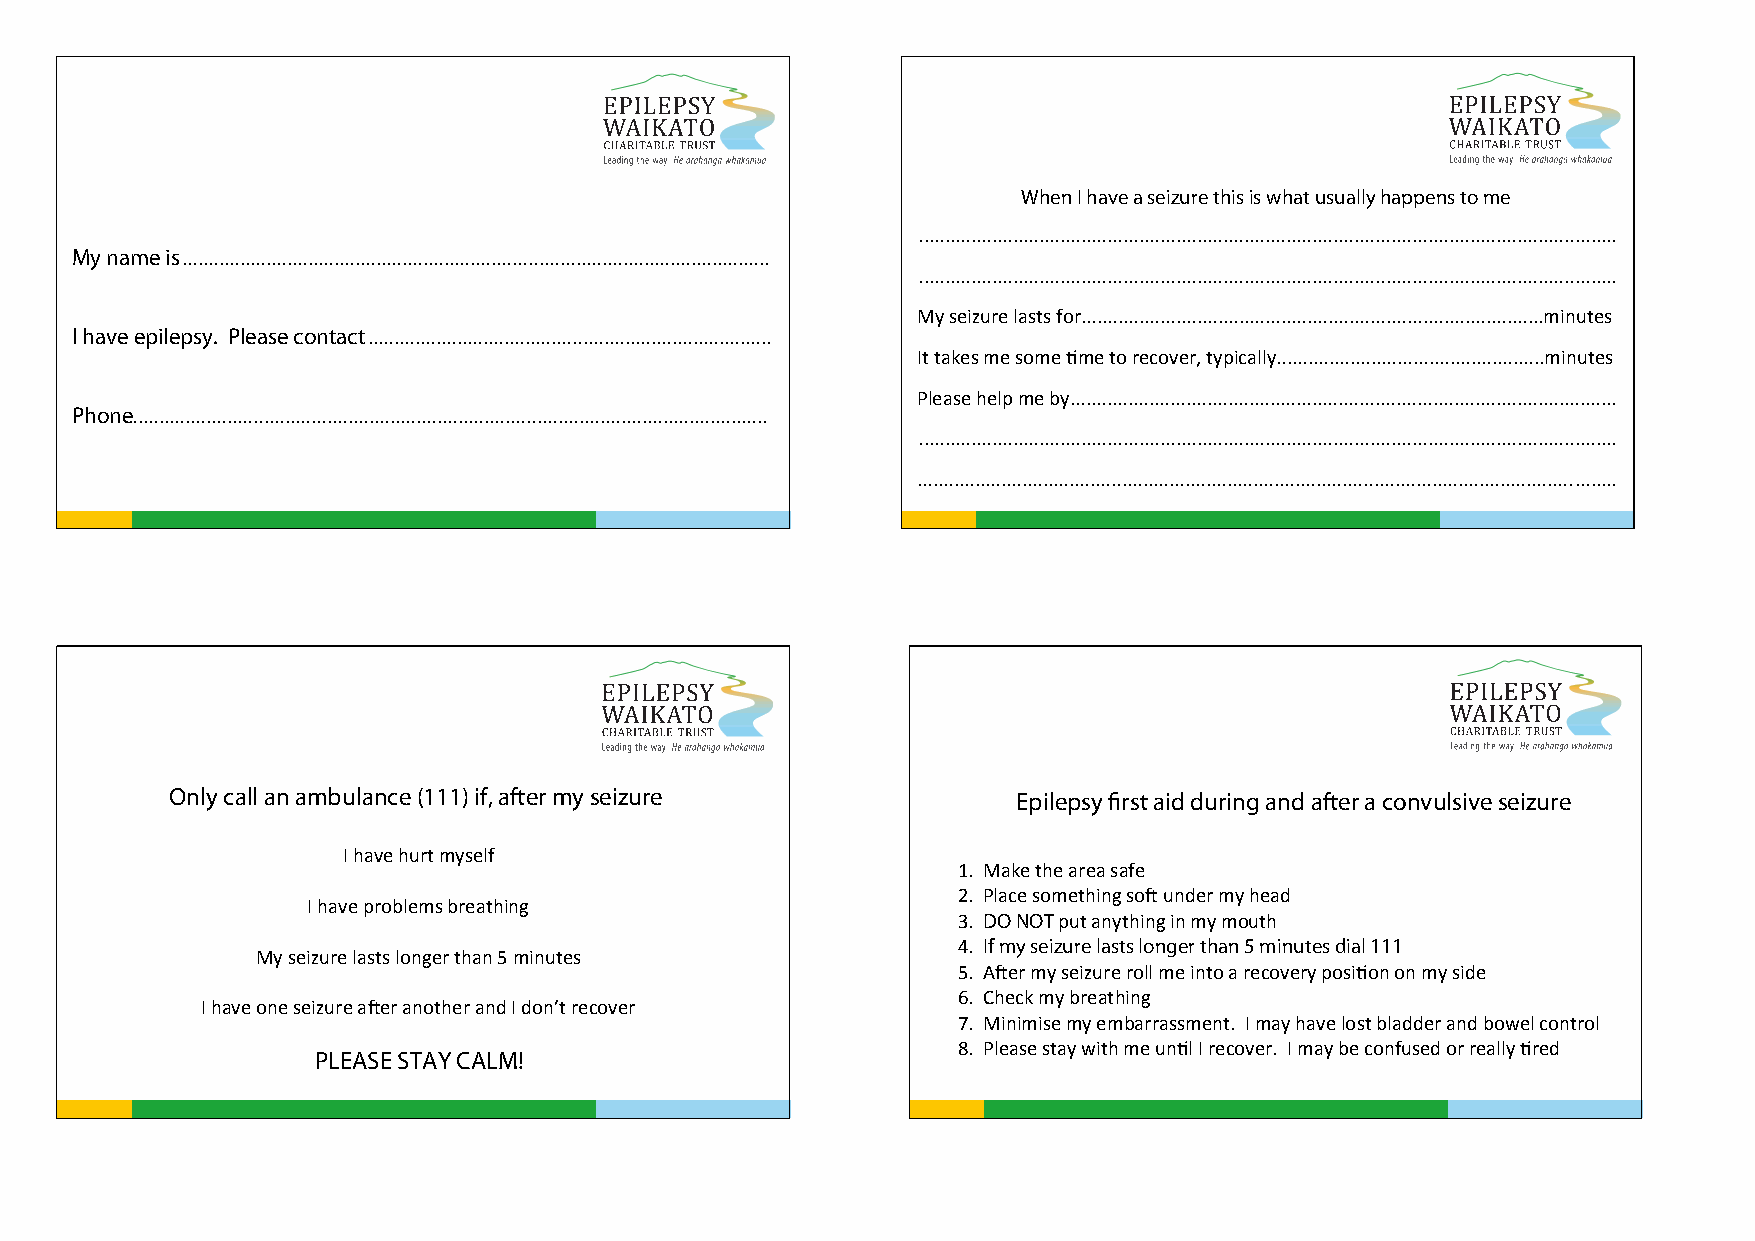
When I have a seizure this is what usually happens to me
 .....................................................................................................................................
 My name is................................................................................................................
 .....................................................................................................................................
 My seizure lasts for........................................................................................minutes
 I have epilepsy. Please contact.............................................................................
 It takes me some time to recover, typically...................................................minutes
 Please help me by........................................................................................................
 Phone.........................................................................................................................
 .....................................................................................................................................
 .....................................................................................................................................
 Only call an ambulance (111) if, after my seizure       Epilepsy first aid during and after a convulsive seizure
 I have hurt myself
 1. Make the area safe
 2. Place something soft under my head
 I have problems breathing
 3. DO NOT put anything in my mouth
 4. If my seizure lasts longer than 5 minutes dial 111
 My seizure lasts longer than 5 minutes
 5. After my seizure roll me into a recovery position on my side
 6. Check my breathing
 I have one seizure after another and I don’t recover
 7. Minimise my embarrassment. I may have lost bladder and bowel control
 8. Please stay with me until I recover. I may be confused or really tired
 PLEASE STAY CALM!